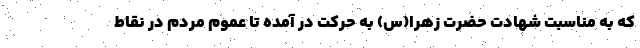
که به مناسبت شهادت حضرت زهرا(س) به حرکت در آمده تا عموم مردم در نقاط